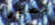
بصبر